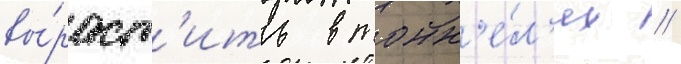
вы́раст'ить в тонн'е́л'ях //